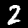
Label: 2